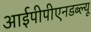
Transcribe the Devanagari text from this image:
आईपीपीएनडब्ल्यू